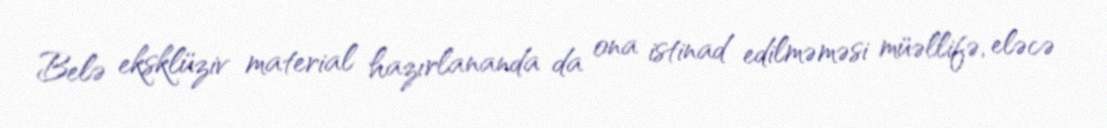
Belə eksklüziv material hazırlananda da ona istinad edilməməsi müəllifə, eləcə